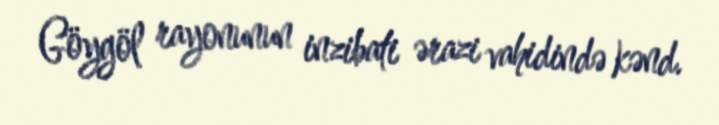
Göygöl rayonunun inzibati ərazi vahidində kənd.